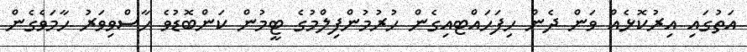
އަތުގައި އިރުކޮޅެއް ވަން ދެން ހިފަހައްޓއިގެން ހުރުމުންފިލްމުގެ ޓީމުން ކަންބޮޑުވެ ހާސްވިވަރު ހާމަވެގެން